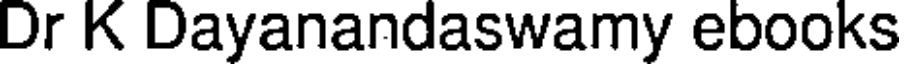
Dr K Dayanandaswamy ebooks